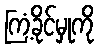
ကြံ့ခိုင်မှုကို